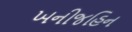
ખનીજહિન